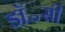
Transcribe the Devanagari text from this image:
डॉ॰सी